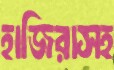
হাজিরাসহ